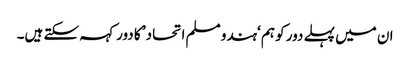
ان میں پہلے دور کو ہم ‘ہندو مسلم اتحاد’ کا دور کہہ سکتے ہیں۔